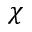
\chi